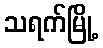
သရက်မြို့